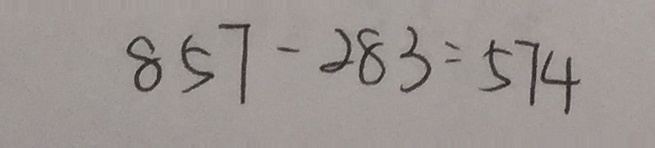
8 5 7 - 2 8 3 = 5 7 4